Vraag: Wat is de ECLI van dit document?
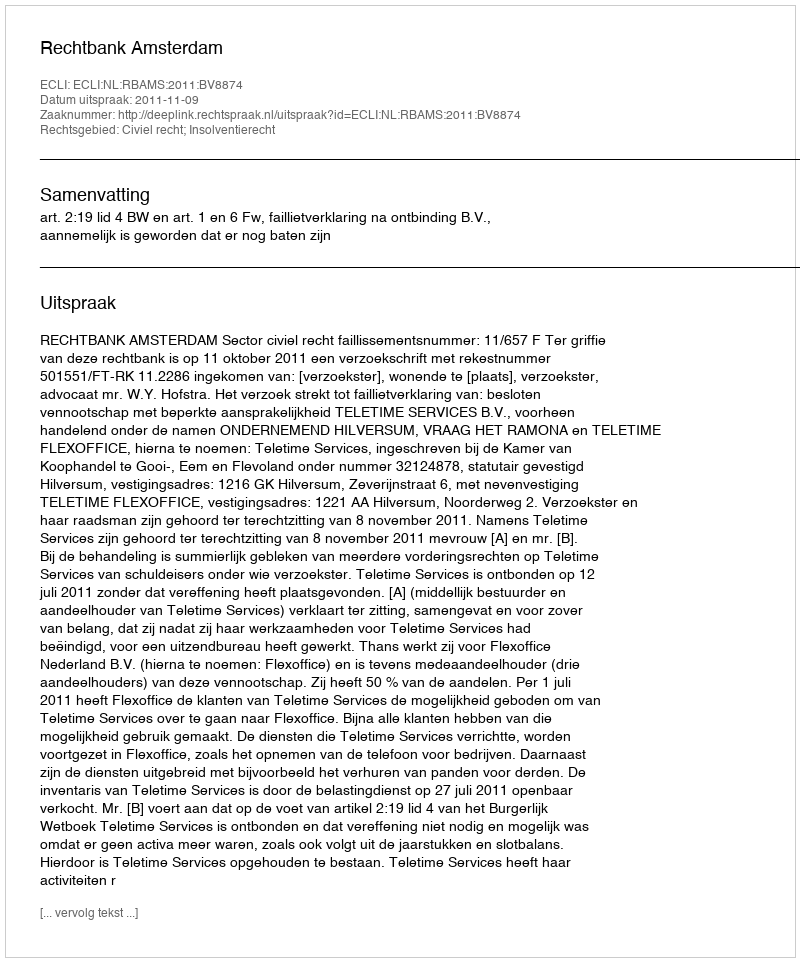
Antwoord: ECLI:NL:RBAMS:2011:BV8874